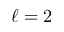
\ell = 2